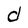
Character: d